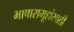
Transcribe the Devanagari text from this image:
भाषासमूहांसाठी